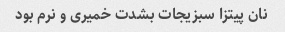
نان پیتزا سبزیجات بشدت خمیری و نرم بود